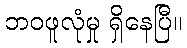
ဘဝဖူလုံမှု ရှိနေပြီ။